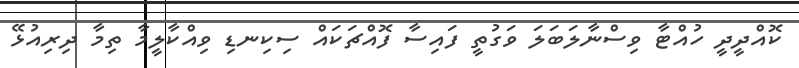
ކޮއްދީދީ ހުއްޓާ ވިސްނާލަބަލަ ވަގުތީ ފައިސާ ފޮއްޗަކައް ސިކިނޑި ވިއްކާލީމާ ތިމާ ދިރިއުޅޭ